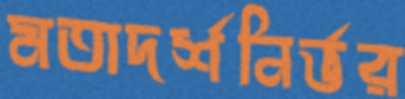
মতাদর্শনির্ভর